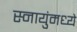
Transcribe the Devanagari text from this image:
स्नायुंमध्ये